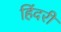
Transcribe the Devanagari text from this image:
हिंदरी